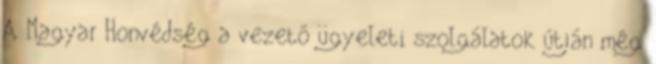
A Magyar Honvédség a vezető ügyeleti szolgálatok útján még